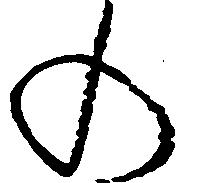
の